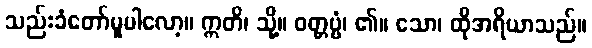
သည်းခံတော်မူပါလော့။ ဣတိ၊ သို့။ ဝတ္တဗ္ဗံ၊ ၏။ သော၊ ထိုအရိယာသည်။